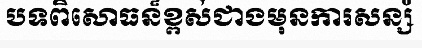
បទពិសោធន៏ខ្ពស់ជាងមុនការសន្សំ